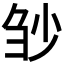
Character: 𰄲